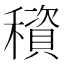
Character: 䆅